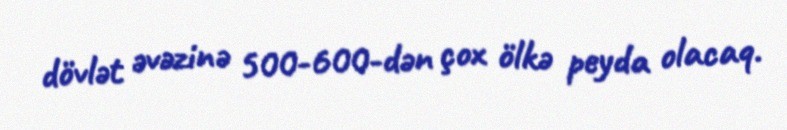
dövlət əvəzinə 500-600-dən çox ölkə peyda olacaq.